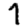
Digit: 7